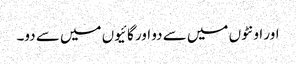
اور اونٹوں میں سے دو اور گائیوں میں سے دو۔